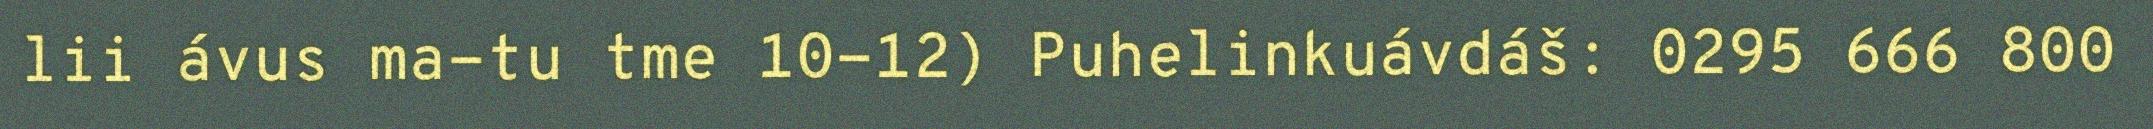
lii ávus ma-tu tme 10-12) Puhelinkuávdáš: 0295 666 800